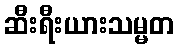
ဆီးရီးယားသမ္မတ